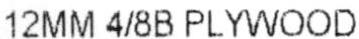
12MM 4/8B PLYWOOD